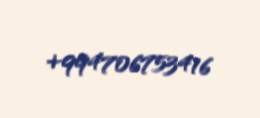
+994706753416